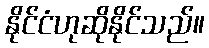
နိုင်ငံဟုဆိုနိုင်သည်။